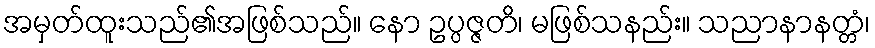
အမှတ်ထူးသည်၏အဖြစ်သည်။ နော ဥပ္ပဇ္ဇတိ၊ မဖြစ်သနည်း။ သညာနာနတ္တံ၊